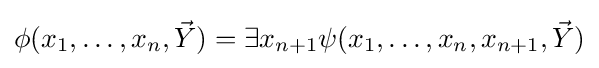
\phi (x_{1},\ldots ,x_{n},{\vec {Y}})=\exists x_{n+1}\psi (x_{1},\ldots ,x_{n},x_{n+1},{\vec {Y}})